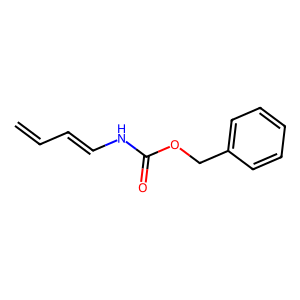
SMILES: C=CC=CNC(=O)OCc1ccccc1
Inhibits HIV replication: No